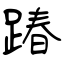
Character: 踳